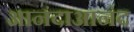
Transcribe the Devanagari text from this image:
आनंदाआनंद